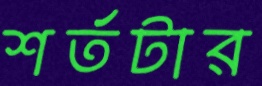
শর্তটার